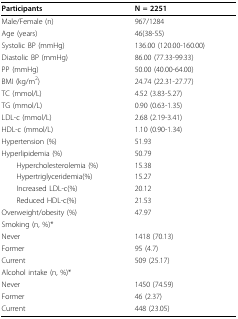
<table><thead><tr><td><b>Participants</b></td><td><b>N = 2251</b></td></tr></thead><tbody><tr><td>Male/Female (n)</td><td>967/1284</td></tr><tr><td>Age (years)</td><td>46(38-55)</td></tr><tr><td>Systolic BP (mmHg)</td><td>136.00 (120.00-160.00)</td></tr><tr><td>Diastolic BP (mmHg)</td><td>86.00 (77.33-99.33)</td></tr><tr><td>PP (mmHg)</td><td>50.00 (40.00-64.00)</td></tr><tr><td>BMI (kg/m<sup>2</sup>)</td><td>24.74 (22.31-27.77)</td></tr><tr><td>TC (mmol/L)</td><td>4.52 (3.83-5.27)</td></tr><tr><td>TG (mmol/L)</td><td>0.90 (0.63-1.35)</td></tr><tr><td>LDL-c (mmol/L)</td><td>2.68 (2.19-3.41)</td></tr><tr><td>HDL-c (mmol/L)</td><td>1.10 (0.90-1.34)</td></tr><tr><td>Hypertension (%)</td><td>51.93</td></tr><tr><td>Hyperlipidemia (%)</td><td>50.79</td></tr><tr><td> Hypercholesterolemia (%)</td><td>15.38</td></tr><tr><td> Hypertriglyceridemia(%)</td><td>15.27</td></tr><tr><td> Increased LDL-c(%)</td><td>20.12</td></tr><tr><td> Reduced HDL-c(%)</td><td>21.53</td></tr><tr><td>Overweight/obesity (%)</td><td>47.97</td></tr><tr><td>Smoking (n, %)*</td><td></td></tr><tr><td>Never</td><td>1418 (70.13)</td></tr><tr><td>Former</td><td>95 (4.7)</td></tr><tr><td>Current</td><td>509 (25.17)</td></tr><tr><td>Alcohol intake (n, %)*</td><td></td></tr><tr><td>Never</td><td>1450 (74.59)</td></tr><tr><td>Former</td><td>46 (2.37)</td></tr><tr><td>Current</td><td>448 (23.05)</td></tr></tbody></table>